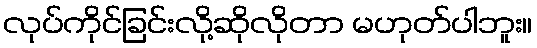
လုပ်ကိုင်ခြင်းလို့ဆိုလိုတာ မဟုတ်ပါဘူး။